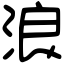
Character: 浪